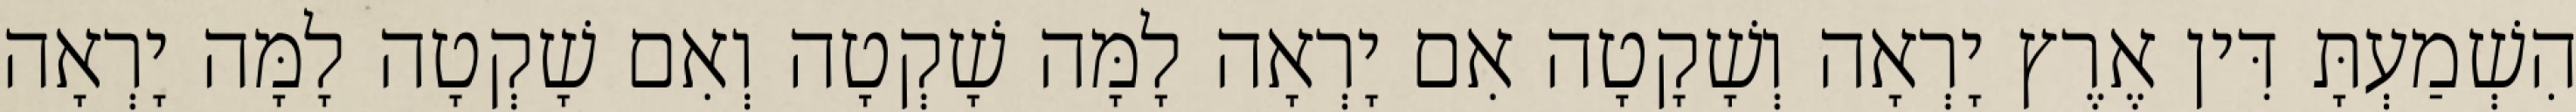
הִשְׁמַעְתָּ דִּין אֶרֶץ יָרְאָה וְשָׁקָטָה אִם יָרְאָה לָמָּה שָׁקְטָה וְאִם שָׁקְטָה לָמָּה יָרְאָה